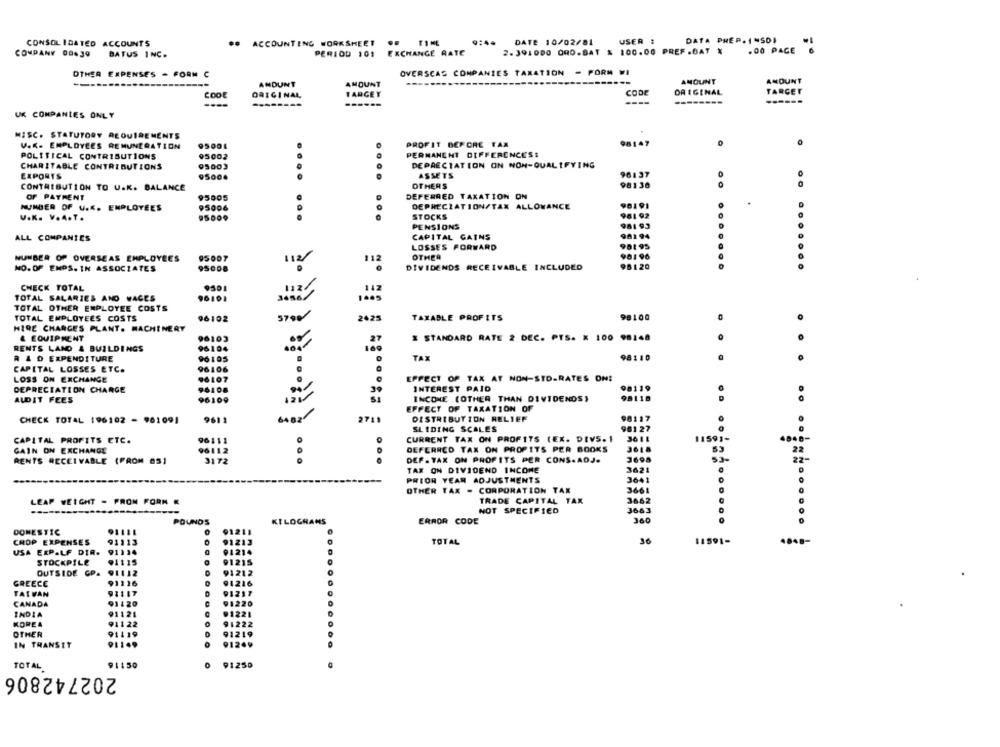
CONSOLIDATED ACCOUNTS
.# ACCOUNTING WORKSHEET .. TIME
9:44 DATE 10/02/01
USER :
DATA PHEP. 1"SO1
COMPANY 08.39
PERIOD 101 EXCHANGE RATE
2.391000 ORO.SAT & 100.00 PREF .BAT X
.00 PAGE
BATUS INC.
OTHER EXPENSES - FORM C
OVERSCAS COMPANIES TAXATION - FORM WI
AMOUNT
AMOUNT
MOUNT
ANDUNT
TARGET
COOL
ORIGINAL
TARGET
CODE
ORIGINAL
---
------
----
--------
UK COMPANIES ONLY
MISC. STATUTORY REQUIREMENTS
98147
V.K. EMPLOYEES REMUNERATION
PROFIT BEFORE TAX
POLITICAL CONTRIBUTIONS
95002
PERMANENT DIFFERENCE'S#
5003
DEPRECIATION ON NON-QUALIFYING
CHARITABLE CONTRIBUTIONS
EXPORTS
9500
ASSETS
961 37
CONTRIBUTION TO U.K. BALANCE
OTHERS
98130
DEFERRED TAXATION ON
OF PAYMENT
95005
..
NUMBER OF U.K. EMPLOYEES
95006
DEPRECIATION/TAX ALLOWANCE
90191
STOCKS
961 92
V.K. V.A.T.
981 93
PENSIONS
ALL COMPANIES
CAPITAL GAINS
901 94
LOSSES FORWARD
90195
90196
NUMBER OF OVERSEAS EMPLOYEES
95007
112 /
112
OTHER
NO. OF ENPS. IN ASSOCIATES
95008
DIVIDENDS RECEIVABLE INCLUDED
96120
.......
.......
CHECK TOTAL
9501
142
TOTAL SALARIES AND WAGES
96101
TOTAL OTHER EMPLOYEE COSTS
TOTAL EMPLOYEES COSTS
96102
2625
TAXABLE PROFITS
98100
0
HIRE CHARGES PLANT. MACHINERY
96103
98148
& EQUIPMENT
# STANDARD RATE 2 DEC. PTS. X 100
..
RENTS LAND & BUILDINGS
96104
100
R & D EXPENDITURE
96105
TAX
98110
..
CAPITAL LOSSES ETC.
96106
LOSS ON EXCHANGE
96107
EFFECT OF TAX AT NON-STD.RATES ON:
DEPRECIATION CHARGE
96108
INTEREST PAID
119
INCOME (OTHER THAN DIVIDENDS)
98118
AUDIT FEES
96109
:
EFFECT OF TAXATION OF
CHECK TOTAL 196102 - 901091
9611
DISTRIBUTION RELIEF
96117
2711
SLIDING SCALES
961 27
..
CAPITAL PROFITS ETC.
CURRENT TAX ON PROFITS (EX. DIVS. 1
11501-
96111
DEFERRED TAX ON PROFITS PER BOOKS
3618
GAIN ON EXCHANGE
53
22
RENTS RECEIVABLE (FROM 051
3172
DEF. TAX ON PROFITS PER CONS.ADJ.
3600
22-
TAX ON DIVIDEND INCOME
3621
PRIOR YEAR ADJUSTMENTS
3641
| ....
OTHER TAX - CORPORATION TAX
3461
LEAP WEIGHT - PRON FORM
TRADE CAPITAL TAX
3662
NOT SPECIFIED
POUNDS
KILOGRAMS
ERROR CODE
DOMESTIC
...........
1211
CROP EXPENSES
91113
1213
TOTAL
36
USA EXP.LF DIR.
91114
91214
STOCKPILE
15
1215
OUTSIDE CPA
1212
GREECE
91116
91216
91117
91211
TATVAN
CANADA
91120
91220
INDIA
91121
91221
KOREA
91122
91222
OTHER
91119
91219
91149
91249
IN TRANSIT
91150
0
91250
TOTAL
202742806